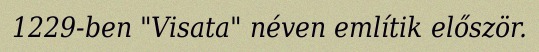
1229-ben "Visata" néven említik először.